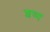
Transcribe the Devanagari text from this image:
शष्य